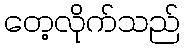
တေ့လိုက်သည်